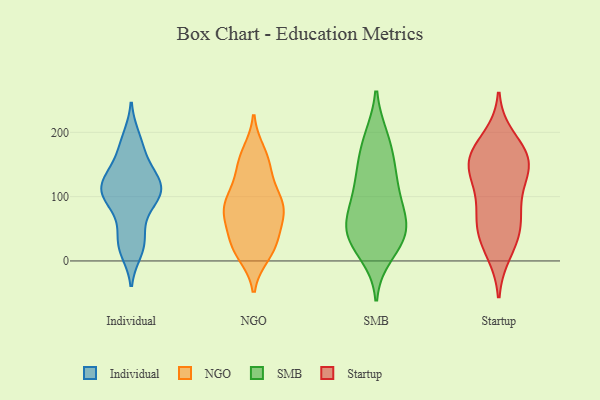
{"axis": {"x": "Operating Costs (USD K)", "y": "Value"}, "legend": ["Individual", "NGO", "SMB", "Startup"], "data": [{"x": "", "y": 15, "type": "Individual"}, {"x": "", "y": 109, "type": "Individual"}, {"x": "", "y": 140, "type": "Individual"}, {"x": "", "y": 95, "type": "Individual"}, {"x": "", "y": 180, "type": "Individual"}, {"x": "", "y": 119, "type": "Individual"}, {"x": "", "y": 192, "type": "Individual"}, {"x": "", "y": 105, "type": "Individual"}, {"x": "", "y": 104, "type": "Individual"}, {"x": "", "y": 56, "type": "Individual"}, {"x": "", "y": 25, "type": "Individual"}, {"x": "", "y": 125, "type": "Individual"}, {"x": "", "y": 121, "type": "Individual"}, {"x": "", "y": 29, "type": "Individual"}, {"x": "", "y": 156, "type": "Individual"}, {"x": "", "y": 89, "type": "Individual"}, {"x": "", "y": 80, "type": "NGO"}, {"x": "", "y": 14, "type": "NGO"}, {"x": "", "y": 143, "type": "NGO"}, {"x": "", "y": 41, "type": "NGO"}, {"x": "", "y": 29, "type": "NGO"}, {"x": "", "y": 111, "type": "NGO"}, {"x": "", "y": 27, "type": "NGO"}, {"x": "", "y": 88, "type": "NGO"}, {"x": "", "y": 168, "type": "NGO"}, {"x": "", "y": 72, "type": "NGO"}, {"x": "", "y": 160, "type": "NGO"}, {"x": "", "y": 11, "type": "NGO"}, {"x": "", "y": 79, "type": "NGO"}, {"x": "", "y": 73, "type": "NGO"}, {"x": "", "y": 22, "type": "NGO"}, {"x": "", "y": 83, "type": "NGO"}, {"x": "", "y": 82, "type": "NGO"}, {"x": "", "y": 152, "type": "NGO"}, {"x": "", "y": 113, "type": "NGO"}, {"x": "", "y": 12, "type": "SMB"}, {"x": "", "y": 151, "type": "SMB"}, {"x": "", "y": 122, "type": "SMB"}, {"x": "", "y": 37, "type": "SMB"}, {"x": "", "y": 188, "type": "SMB"}, {"x": "", "y": 78, "type": "SMB"}, {"x": "", "y": 36, "type": "SMB"}, {"x": "", "y": 190, "type": "SMB"}, {"x": "", "y": 43, "type": "SMB"}, {"x": "", "y": 48, "type": "SMB"}, {"x": "", "y": 101, "type": "SMB"}, {"x": "", "y": 47, "type": "SMB"}, {"x": "", "y": 82, "type": "SMB"}, {"x": "", "y": 140, "type": "SMB"}, {"x": "", "y": 15, "type": "Startup"}, {"x": "", "y": 160, "type": "Startup"}, {"x": "", "y": 159, "type": "Startup"}, {"x": "", "y": 56, "type": "Startup"}, {"x": "", "y": 136, "type": "Startup"}, {"x": "", "y": 190, "type": "Startup"}, {"x": "", "y": 91, "type": "Startup"}, {"x": "", "y": 144, "type": "Startup"}, {"x": "", "y": 65, "type": "Startup"}, {"x": "", "y": 54, "type": "Startup"}, {"x": "", "y": 29, "type": "Startup"}, {"x": "", "y": 116, "type": "Startup"}, {"x": "", "y": 165, "type": "Startup"}, {"x": "", "y": 158, "type": "Startup"}]}